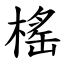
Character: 榣